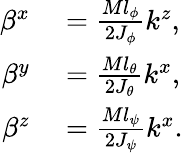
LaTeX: \begin{array}{rl}{\beta^{x}}&{{}=\frac{Ml_{\phi}}{2J_{\phi}}k^{z},}\\ {\beta^{y}}&{{}=\frac{Ml_{\theta}}{2J_{\theta}}k^{x},}\\ {\beta^{z}}&{{}=\frac{Ml_{\psi}}{2J_{\psi}}k^{x}.}\end{array}